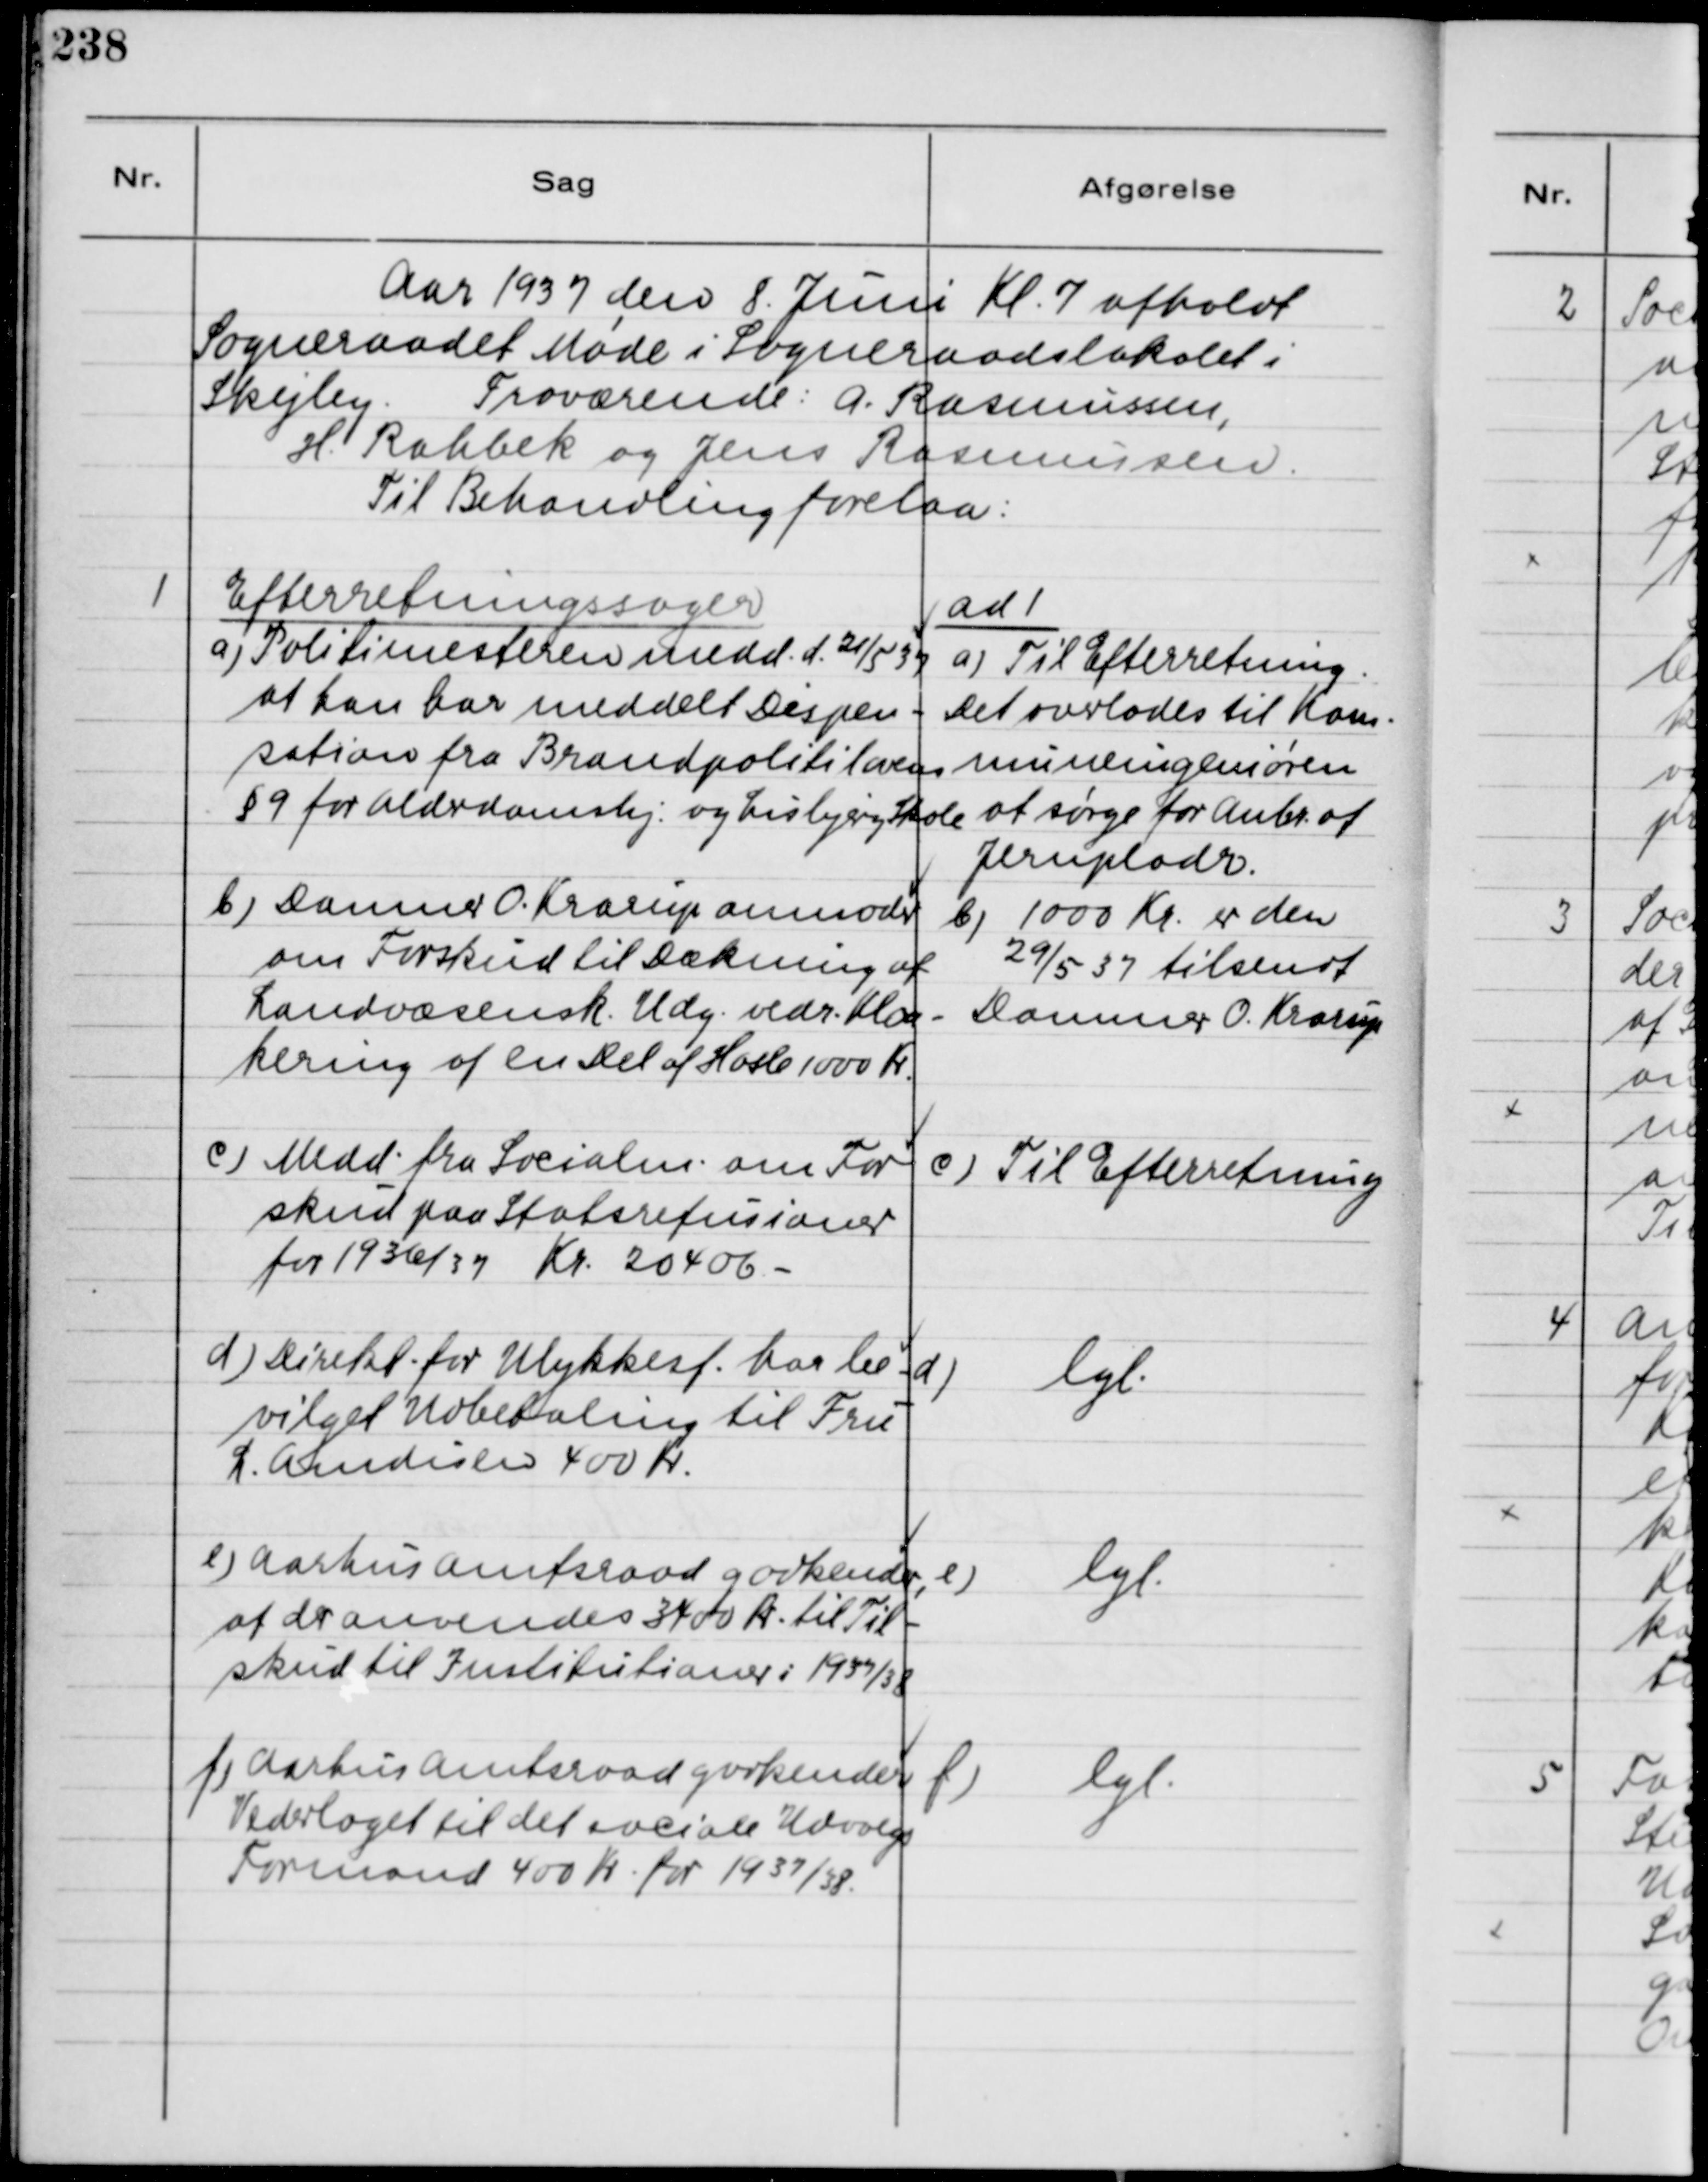
Transskription:
Aar 1937 den 8. Juni Kl. 7 afholdt
Sogneraadet Møde i Sogneraadslokalet i
Skejby. Fraværende: A. Rasmussen,
H. Rahbek og Jens Rasmussen.
Til Behandling forelaa:

1
Efterretningssager:
ad 1
a) Politimesteren medd. d. 21/5 37
at han har meddelt Dispen-
sation fra Brandpolitilovens
§ 9 for Alderdomshj. og Lisbjerg Skole
a) Til Efterretning.
Det overlodes til Kom-
muneingeniøren
at sørge for Anbr. af
Jernpladr.
b) Damner O. Krarup anmoder
om Forskud til Dækning af
Landvæsensk. Udg. vedr. Kloa-
kering af en Del af Hasle 1000 Kr.
b) 1000 Kr. er den
29/5 37 tilsendt
Dommer O. Krarup
c) Medd. fra Socialm. om For
skud paa Statsrefusioner
for 1936/37 Kr. 20406 -
c) Til Efterretning
d) Direkt. for Ulykkesf. har be-
vilget Udbetaling til Fru
L. Amdisen 400 Kr.
d) lgl.
e) Aarhus Amtsraad godkender,
at der anvendes 3400 Kr. til Til-
skud til Institutioner i 1937/38
e) lgl.
f) Aarhus Amtsraad godkender
Vederlaget til det sociale Udvalgs
Formand 400 Kr. for 1937/38.
f) lgl.